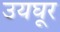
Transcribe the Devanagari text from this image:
उयघूर